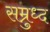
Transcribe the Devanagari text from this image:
सम्रुध्द